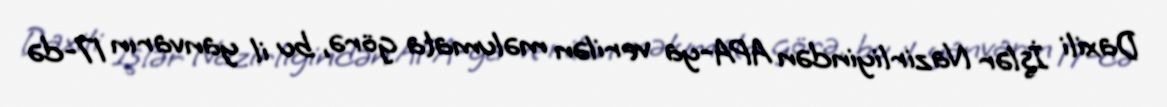
Daxili İşlər Nazirliyindən APA-ya verilən məlumata görə, bu il yanvarın 17-də